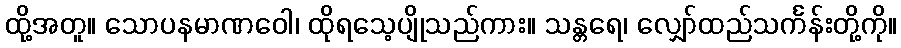
ထို့အတူ။ သောပနမာဏဝေါ၊ ထိုရသေ့ပျိုသည်ကား။ သန္တရေ၊ လျှော်ထည်သင်္ကန်းတို့ကို။